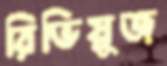
রিভিয়ুজ